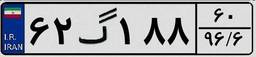
۶۲گ۱۸۸۶۰